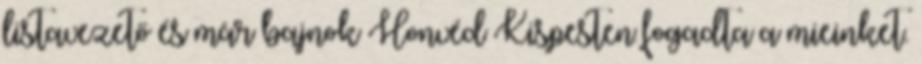
listavezető és már bajnok Honvéd Kispesten fogadta a mieinket.